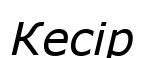
Кесір